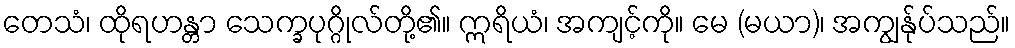
တေသံ၊ ထိုရဟန္တာ သေက္ခပုဂ္ဂိုလ်တို့၏။ ဣရိယံ၊ အကျင့်ကို။ မေ (မယာ)၊ အကျွန်ုပ်သည်။